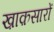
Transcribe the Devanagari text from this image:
ख़ाक़सारों